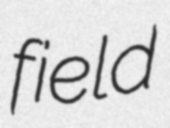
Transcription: field